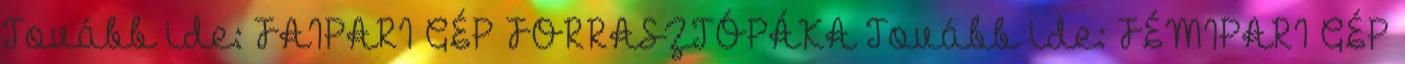
Tovább ide: FAIPARI GÉP FORRASZTÓPÁKA Tovább ide: FÉMIPARI GÉP